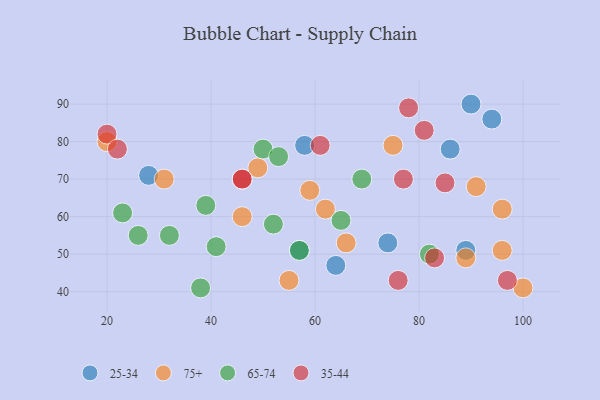
{"axis": {"x": "GDP", "y": "Life Expectancy"}, "legend": ["25-34", "35-44", "65-74", "75+"], "data": [{"x": "64", "y": 47, "type": "25-34"}, {"x": "28", "y": 71, "type": "25-34"}, {"x": "94", "y": 86, "type": "25-34"}, {"x": "89", "y": 51, "type": "25-34"}, {"x": "58", "y": 79, "type": "25-34"}, {"x": "90", "y": 90, "type": "25-34"}, {"x": "57", "y": 51, "type": "25-34"}, {"x": "74", "y": 53, "type": "25-34"}, {"x": "86", "y": 78, "type": "25-34"}, {"x": "66", "y": 53, "type": "75+"}, {"x": "31", "y": 70, "type": "75+"}, {"x": "20", "y": 80, "type": "75+"}, {"x": "100", "y": 41, "type": "75+"}, {"x": "96", "y": 62, "type": "75+"}, {"x": "49", "y": 73, "type": "75+"}, {"x": "59", "y": 67, "type": "75+"}, {"x": "55", "y": 43, "type": "75+"}, {"x": "46", "y": 60, "type": "75+"}, {"x": "91", "y": 68, "type": "75+"}, {"x": "75", "y": 79, "type": "75+"}, {"x": "62", "y": 62, "type": "75+"}, {"x": "89", "y": 49, "type": "75+"}, {"x": "96", "y": 51, "type": "75+"}, {"x": "69", "y": 70, "type": "65-74"}, {"x": "52", "y": 58, "type": "65-74"}, {"x": "26", "y": 55, "type": "65-74"}, {"x": "82", "y": 50, "type": "65-74"}, {"x": "38", "y": 41, "type": "65-74"}, {"x": "41", "y": 52, "type": "65-74"}, {"x": "57", "y": 51, "type": "65-74"}, {"x": "65", "y": 59, "type": "65-74"}, {"x": "32", "y": 55, "type": "65-74"}, {"x": "50", "y": 78, "type": "65-74"}, {"x": "39", "y": 63, "type": "65-74"}, {"x": "53", "y": 76, "type": "65-74"}, {"x": "23", "y": 61, "type": "65-74"}, {"x": "97", "y": 43, "type": "35-44"}, {"x": "85", "y": 69, "type": "35-44"}, {"x": "20", "y": 82, "type": "35-44"}, {"x": "77", "y": 70, "type": "35-44"}, {"x": "76", "y": 43, "type": "35-44"}, {"x": "46", "y": 70, "type": "35-44"}, {"x": "83", "y": 49, "type": "35-44"}, {"x": "22", "y": 78, "type": "35-44"}, {"x": "61", "y": 79, "type": "35-44"}, {"x": "81", "y": 83, "type": "35-44"}, {"x": "46", "y": 70, "type": "35-44"}, {"x": "78", "y": 89, "type": "35-44"}]}